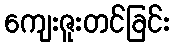
ကျေးဇူးတင်ခြင်း